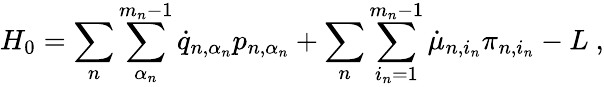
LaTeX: H_{0}=\sum_{n}\sum_{\alpha_{n}}^{m_{n}-1}\dot{q}_{n,\alpha_{n}}p_{n,\alpha_{n}}+\sum_{n}\sum_{i_{n}=1}^{m_{n}-1}\dot{\mu}_{n,i_{n}}\pi_{n,i_{n}}-L\ ,